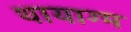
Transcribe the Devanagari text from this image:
थायाग्म